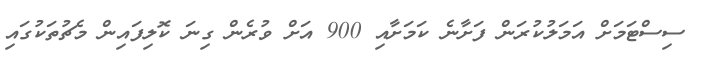
ސިސްޓަމަށް އަަމަލުކުރަން ފަށާނެ ކަމަށާއި 900 އަށް ވުރެން ގިނަ ކޮލިފައިން މެޗުތަކުގައި